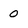
Character: 0